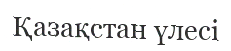
Қазақстан үлесі